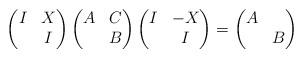
LaTeX: \begin{align*}\begin{pmatrix} I&X\\&I\end{pmatrix}\begin{pmatrix} A&C\\&B\end{pmatrix}\begin{pmatrix} I&-X\\&I\end{pmatrix}=\begin{pmatrix} A\\&B\end{pmatrix}\end{align*}